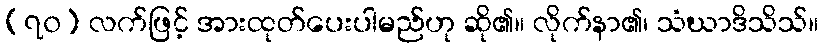
(၇၀) လက်ဖြင့် အားထုတ်ပေးပါမည်ဟု ဆို၏။ လိုက်နာ၏၊ သံဃာဒိသိသ်။